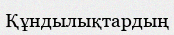
Құндылықтардың